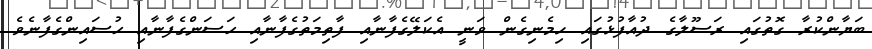
ބަޔާންކުރާ ގޮތުގައި ރަސޫލާގެ ދުއާފުޅުގައި ހިމެނިގެން ވަނީ އެކަލޭގެފާނާއި ފާތިމަތުގެފާނާއި ޙަސަންގެފާނާއި ޙުސައިންގެފާނެވެ.